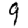
Digit: 9